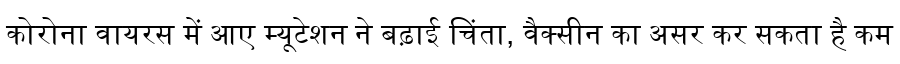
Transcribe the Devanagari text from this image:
कोरोना वायरस में आए म्यूटेशन ने बढ़ाई चिंता, वैक्सीन का असर कर सकता है कम